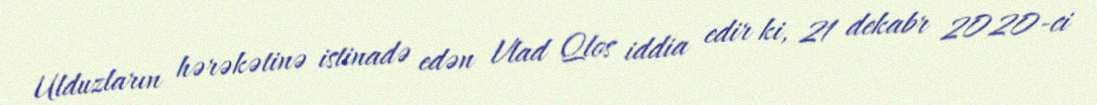
Ulduzların hərəkətinə istinadə edən Vlad Qlos iddia edir ki, 21 dekabr 2020-ci